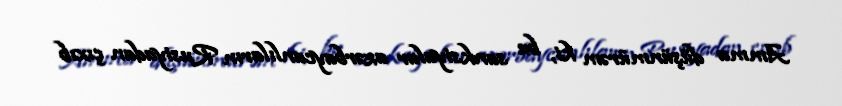
Amma düşünmürəm ki, bu sanksiyalar azərbaycanlıların Rusiyadan çıxıb